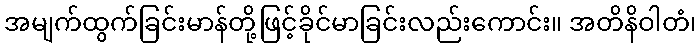
အမျက်ထွက်ခြင်းမာန်တို့ဖြင့်ခိုင်မာခြင်းလည်းကောင်း။ အတိနိဝါတံ၊